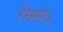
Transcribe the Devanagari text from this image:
रैमसेऽ